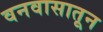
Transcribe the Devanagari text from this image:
वनवासातून